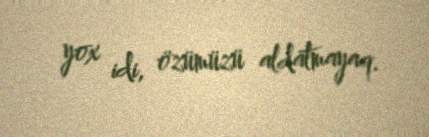
yox idi, özümüzü aldatmayaq.